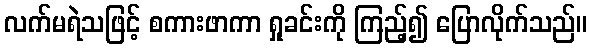
လက်မရဲသဖြင့် စကားဖာကာ ရှုခင်းကို ကြည့်၍ ပြောလိုက်သည်။